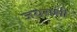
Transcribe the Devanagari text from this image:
जयराशी